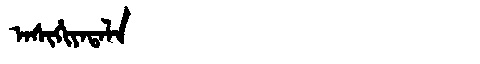
Manchu: ᠠᠰᡳᡥᡳᠶᠠᡨᠠᠯᠠ
Romanization: ASIHIYATALA